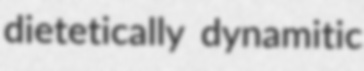
dietetically dynamitic